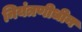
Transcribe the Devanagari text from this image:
नियंत्रणीधीन